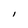
Character: l